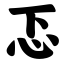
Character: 忑